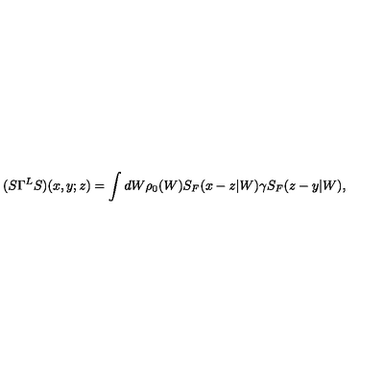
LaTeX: ( S \Gamma ^ { L } S ) ( x , y ; z ) = \int d W \rho _ { 0 } ( W ) S _ { F } ( x - z | W ) \gamma S _ { F } ( z - y | W ) ,